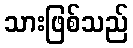
သားဖြစ်သည်